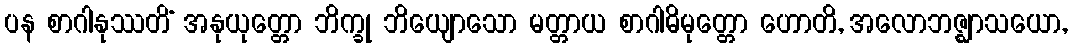
ပန စာဂါနုဿတိံ အနုယုတ္တော ဘိက္ခု ဘိယျောသော မတ္တာယ စာဂါဓိမုတ္တော ဟောတိ, အလောဘဇ္ဈာသယော,